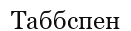
Таббспен